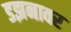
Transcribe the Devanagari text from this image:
डझनावर